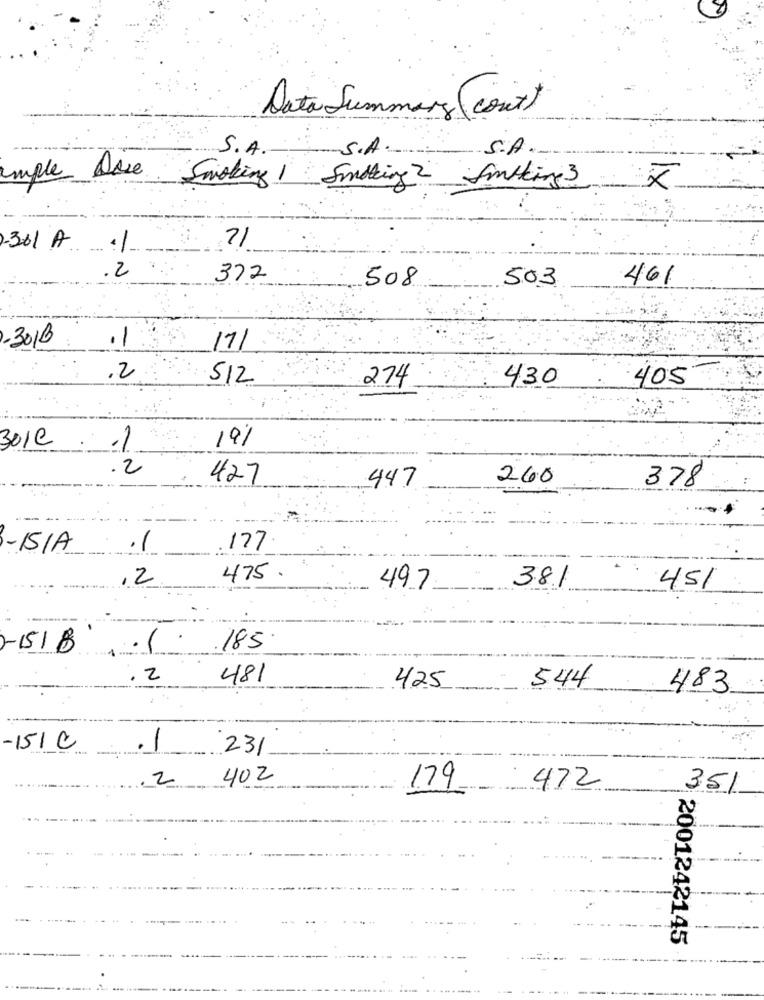
Data Summary (cont)
S.A.
S.A.
S.A.
emple Arse
Smoking 1 Smoking 2 Smoking 3
71
2-361 A
-
2
372
508
503
461
.1
-3016
17/
.2
512
274
430
405
19%
301C
.2
427
260
378
447
- IS/A
177
,2
475.
381
49.7
451
-151 B
1
185
. 2
481
544
425
483
-151 C
.1
231
402
2
1.79
472
351
( 2001242145